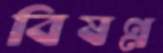
বিষণ্ণ